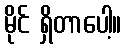
မိုင် ရှိတာပေါ့။